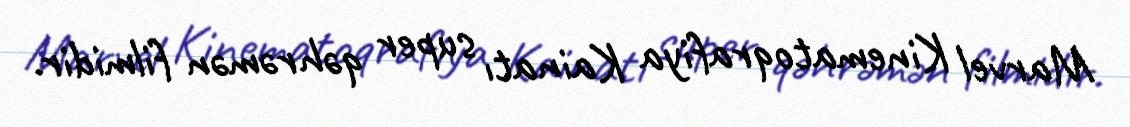
Marvel Kinematoqrafiya Kainatı super qəhrəmən filmidir.